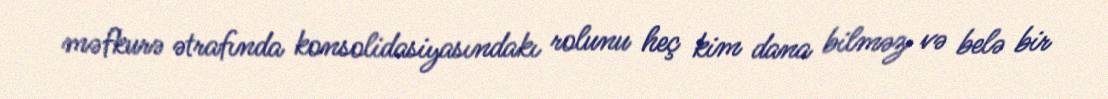
məfkurə ətrafında konsolidasiyasındakı rolunu heç kim dana bilməz və belə bir